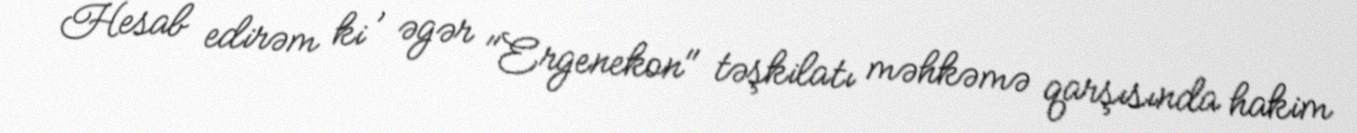
Hesab edirəm ki , əgər "Ergenekon" təşkilatı məhkəmə qarşısında hakim